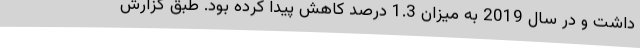
داشت و در سال 2019 به میزان 1.3 درصد کاهش پیدا کرده بود. طبق گزارش